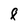
Character: F